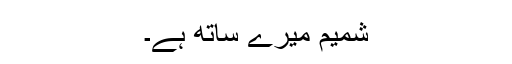
شمیم میرے ساتھ ہے۔